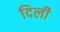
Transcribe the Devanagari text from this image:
दिलीे